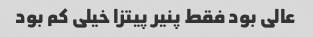
عالی بود فقط پنیر پیتزا خیلی کم بود